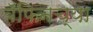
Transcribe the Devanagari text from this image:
बॅफिनच्या